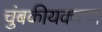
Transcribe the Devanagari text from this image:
चुंबकीयकरण